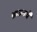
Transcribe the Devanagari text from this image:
ब्राऊनचेेे